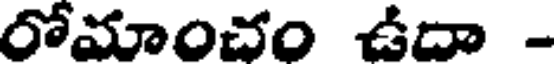
రోమాంచం ఉదా -